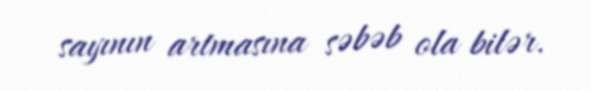
sayının artmasına səbəb ola bilər.